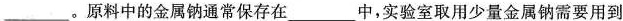
___。原料中的金属钠通常保存在___中，实验室取用少量金属钠需要用到